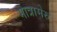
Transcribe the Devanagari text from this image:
मात्रामेरु